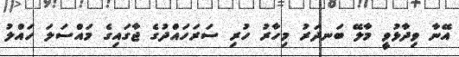
އޭނާ ވިދާޅުވީ މާލޭ ބަނދަރު މިހާރު ހުރި ސަރަހައްދުގެ ޖާގައިގެ މައްސަލަ ހައްލު